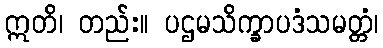
ဣတိ၊ တည်း။ ပဌမသိက္ခာပဒံသမတ္တံ၊